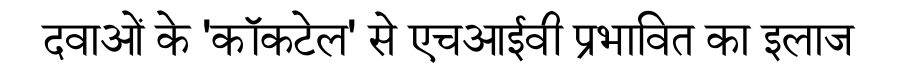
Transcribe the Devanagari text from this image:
दवाओं के 'कॉकटेल' से एचआईवी प्रभावित का इलाज